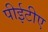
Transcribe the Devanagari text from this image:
पीईटीए